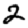
Digit: 2